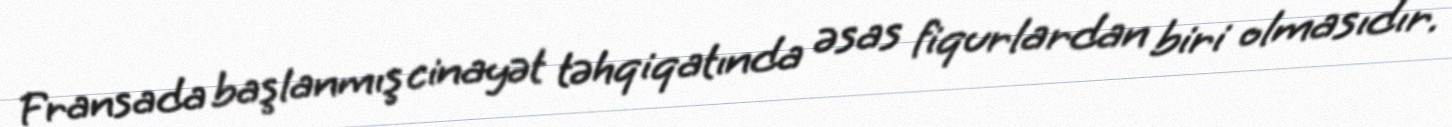
Fransada başlanmış cinayət təhqiqatında əsas fiqurlardan biri olmasıdır.